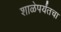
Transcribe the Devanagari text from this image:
शाळेपर्यंतचा